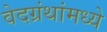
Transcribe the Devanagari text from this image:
वेदग्रंथांमध्ये